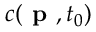
c ( \textbf { p } , t _ { 0 } )